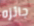
جائزه